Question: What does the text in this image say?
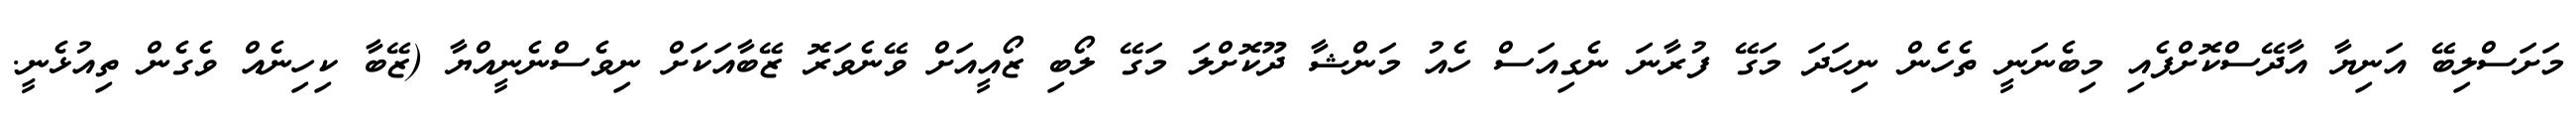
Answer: މަށަސްލިބޭ އަނިޔާ އާދޭސްކޮށްފެއި މިބެނަނީ ތެހެން ނިހަދަ މަގޭ ފުރާނަ ނެގިއަސް ހެއު މަންޝާ ދޫކޮށްލަ މަގޭ ލޯބި ޒޯއީއަށް ވޭނެވަރޮ ޒޭބާއަކަށް ނިވެސްނެނީއްޔާ (ޒޭބާ ކިހިނެއް ވެގެން ތިއުޅެނީ.